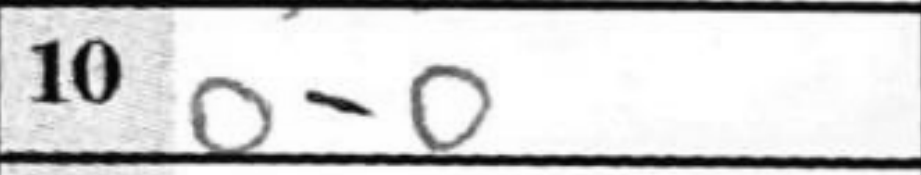
Transcription: O-O